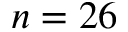
n = 2 6